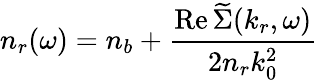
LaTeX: n_{r}(\omega)=n_{b}+\frac{\operatorname{Re}\widetilde{\Sigma}(k_{r},\omega)}{2n_{r}k_{0}^{2}}